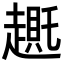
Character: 𬦛